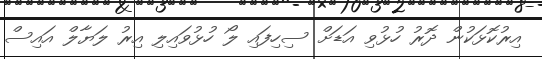
އިރުކޮޅަކުން ދޮރު ހުޅުވި އަޑަށް ސިހިފައި ލޯ ހުޅުވައިލި އިރު ލަޔާލް އައިސް